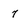
Character: 7